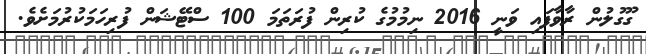
ގޫގުލުން ރާވާފައި ވަނީ 2016 ނިމުމުގެ ކުރިން ފުރަތަމަ 100 ސްޓޭޝަން ފުރިހަމަކުރުމަށެވެ.